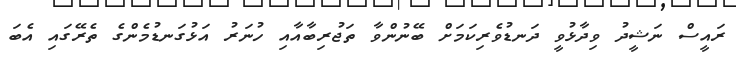
ރައީސް ނަޝީދު ވިދާޅުވީ ދަނޑުވެރިކަމަށް ބޭނުންވާ ތަޖުރިބާއާއި ހުނަރު އަޅުގަނޑުމެންގެ ތެރޭގައި އެބަ